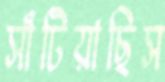
সাঁটিয়াছিস